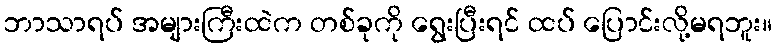
ဘာသာရပ် အများကြီးထဲက တစ်ခုကို ရွေးပြီးရင် ထပ် ပြောင်းလို့မရဘူး။